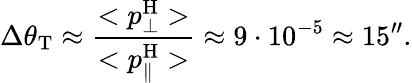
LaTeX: \Delta\theta_{\mathrm{{T}}}\approx\frac{<p_{\bot}^{\mathrm{{H}}}>}{<p_{\parallel}^{\mathrm{{H}}}>}\approx 9\cdot 10^{-5}\approx 15^{\prime\prime}.